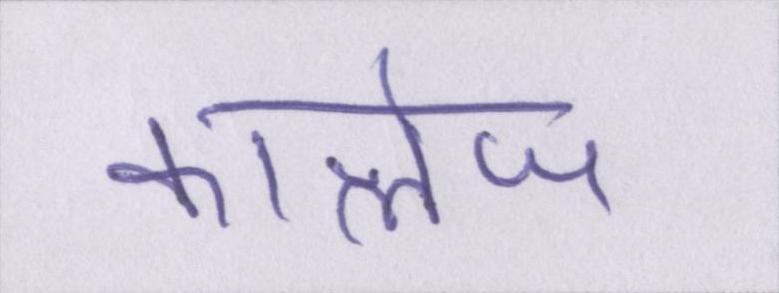
कालेज